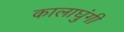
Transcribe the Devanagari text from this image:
कालाघुंगी